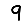
Digit: 9